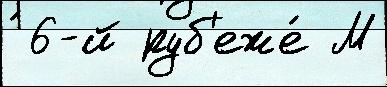
́ 6-й руб'еже́ М